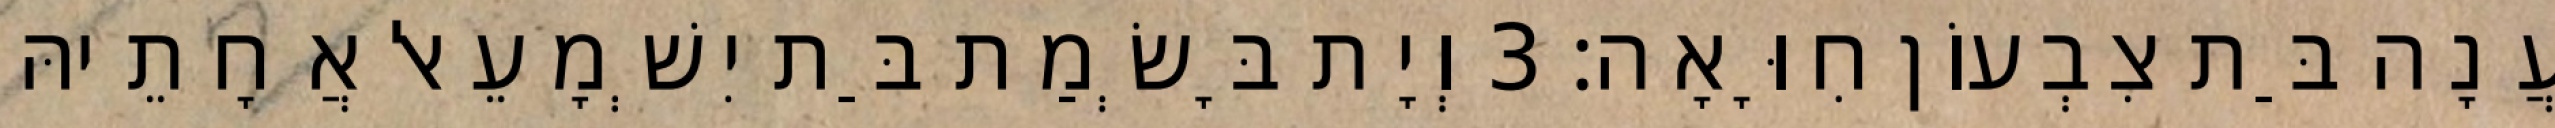
עֲנָה בַּת צִבְעוֹן חִוָּאָה׃ 3 וְיָת בָּשְׂמַת בַּת יִשְׁמָעֵאל אֲחָתֵיהּ